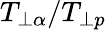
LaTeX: T_{\perp\alpha}/T_{\perp p}